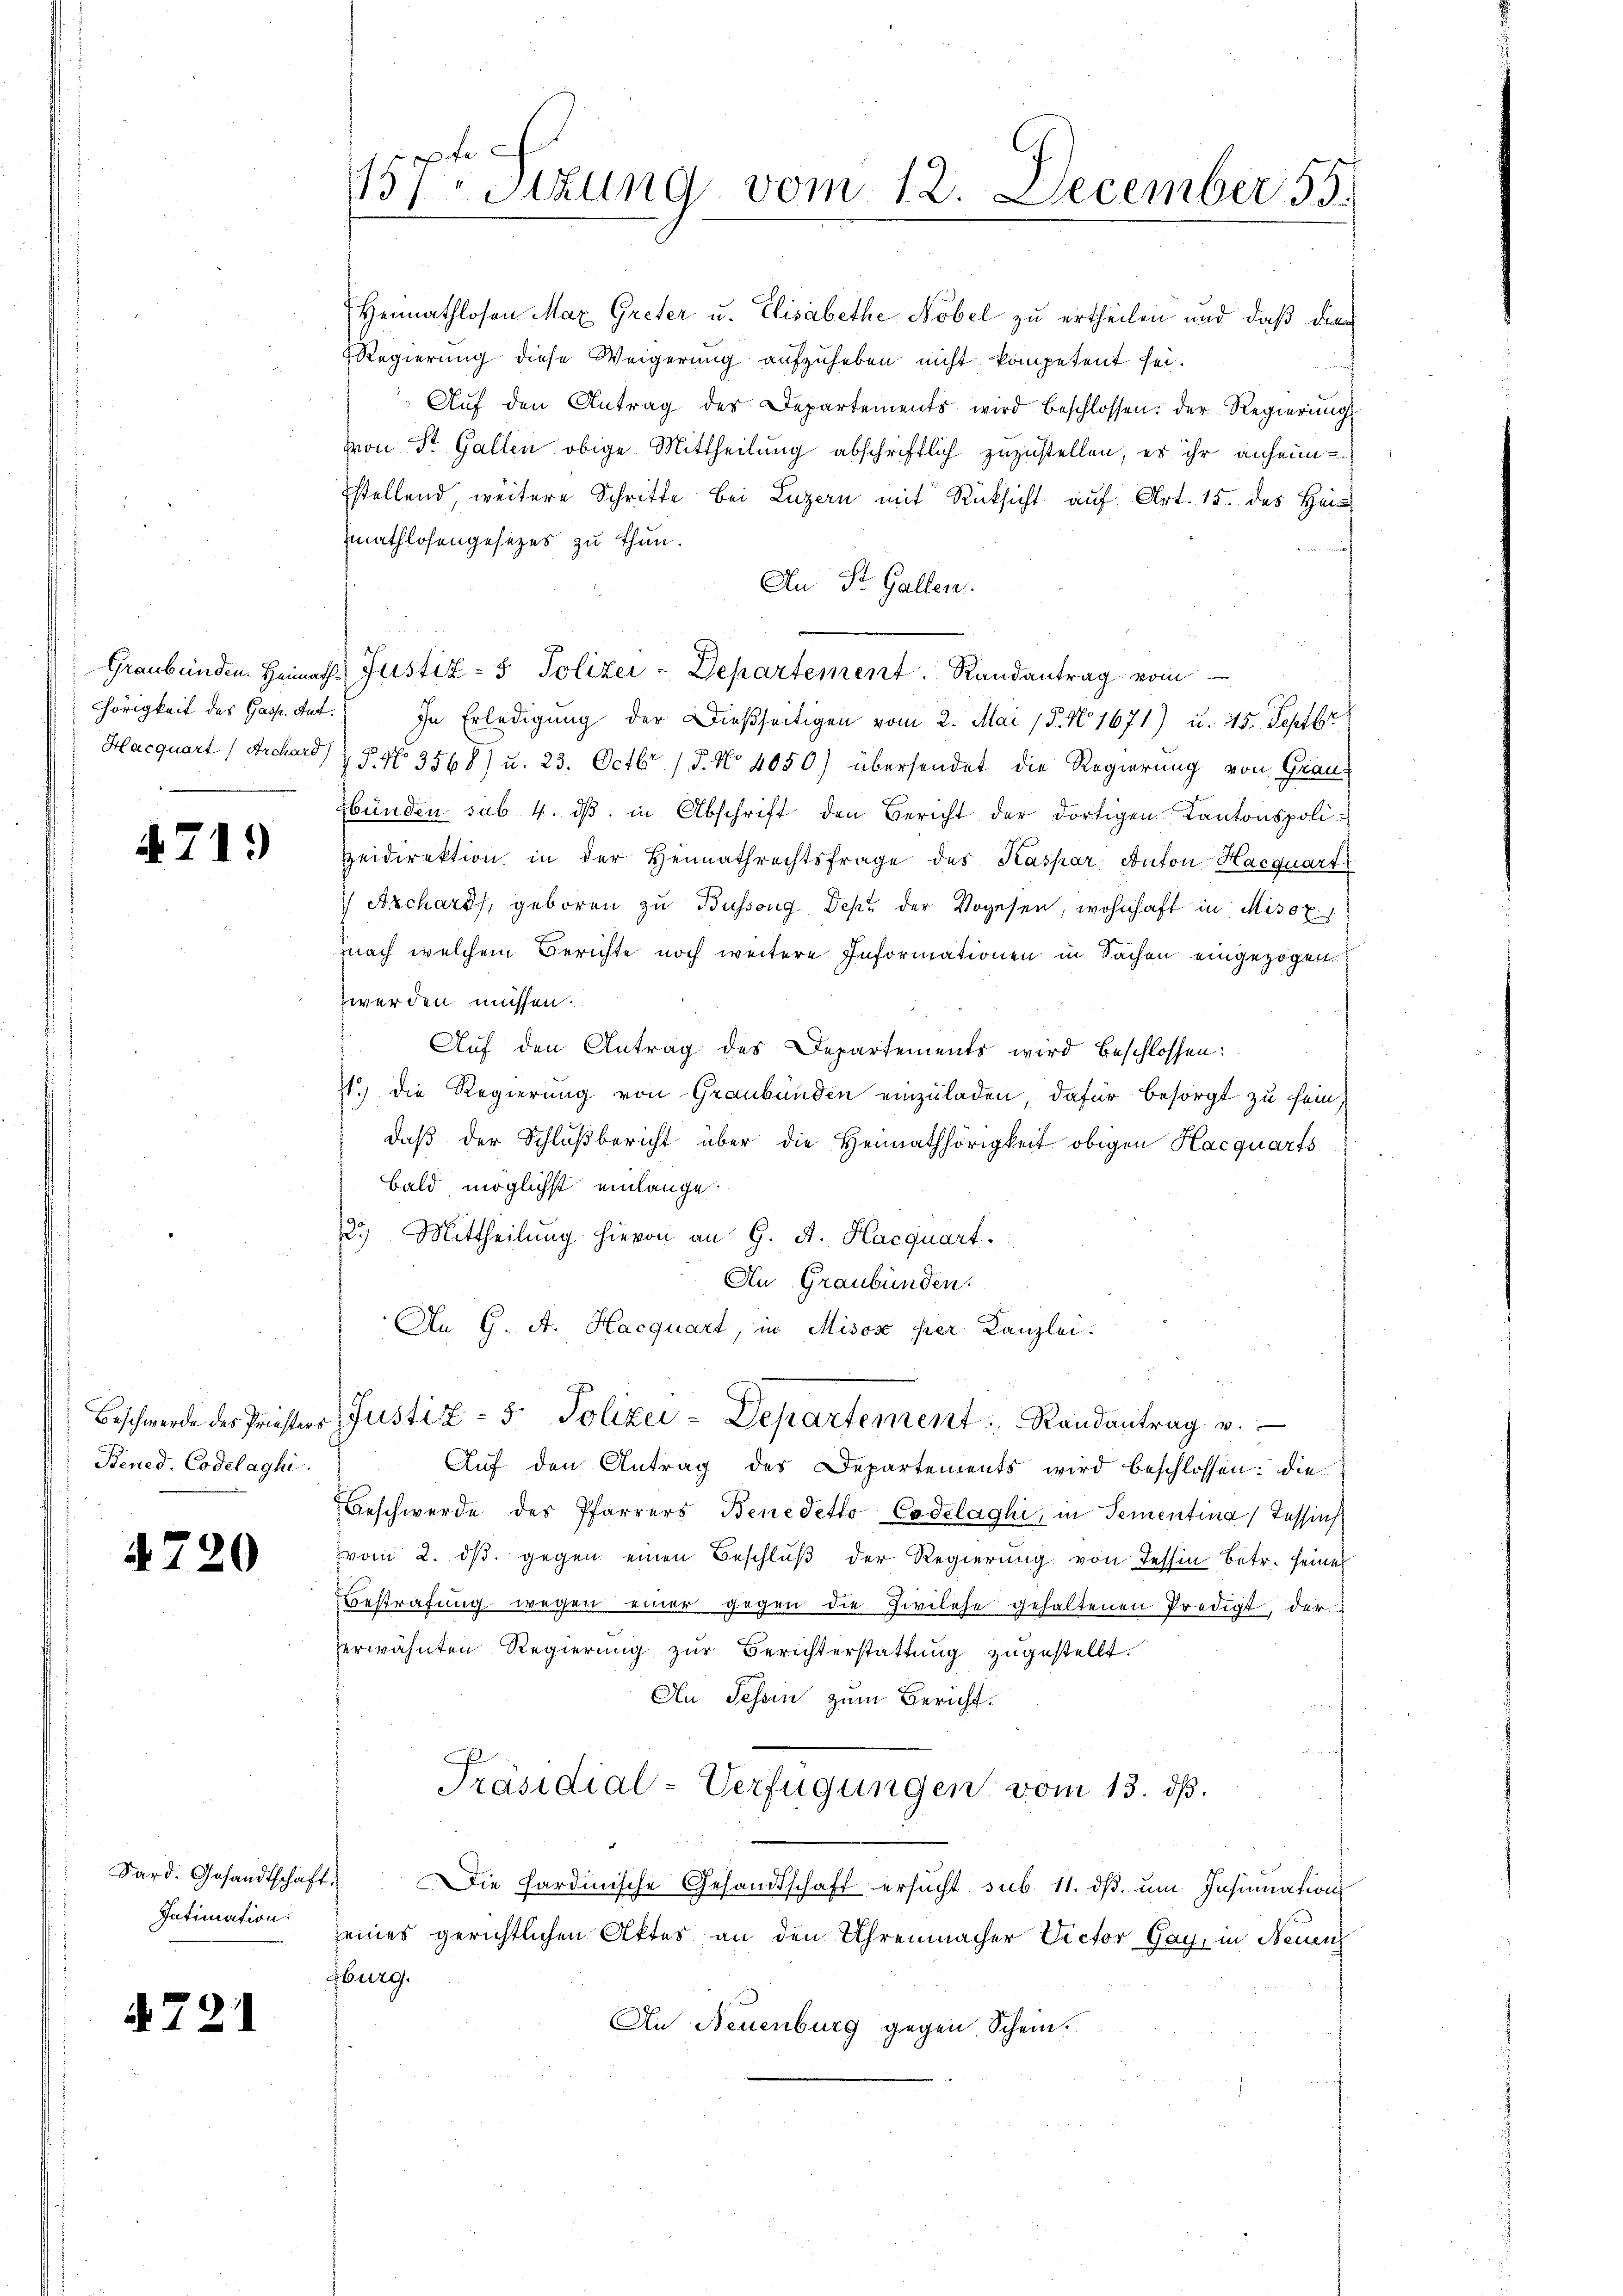
4719

Bened. Codelaghi

4720

Sard. Gesandtschaft
Intimation.

A 721

Heimathlosen Max Greter u. Elisabethe Nobel zu ertheilen und daß dies
Regierung diese Weigerung aufzuheben nicht kompetent sei.
Aŭf den Antrag der Departements wird beschlossen: der Regierŭng
von St. Gallen obige Mittheilung abschriftlich zuzustellen, es ihr anheim
stellend, weitere Schritte bei Luzern mit Rücksicht auf Art. 15. des Heis
mathlosengesezes zu thun.
An St. Gallen.
Graubünden Heimath Justiz- & Polizei-Departement. Randantrag vom
hörigkeit des Gast dat. In Erledigung der Dießseitigen vom 2. Mai 18. No. 1671) u. 45. Septbr
Hacquart (Archard & P. Nr. 3568) u. 23. Octbr. 15. No 4050) übersendet die Regierung von Graubünden sub. 4. dβ in Abschrift den Bericht der dortigen Kantonspolieidirektion in der Heimathrechtsfrage des Kaspar Anton Haequart
 Archarts, geboren zu Bussong Dek. der Vogesen, wohnhaft in Misox,
nach welchem Berichte noch weitere Informationen in Sachen eingezogen
werden müssen.
Auf den Antrag des Departements wird beschlossen:
11.) Die Regierung von Graubünden einzuladen, dafür besorgt zu sein,
daβ der Schlußbericht über die Heimathörigkeit obigen Hacquarts
bald möglichst einlange
25.) Mittheilung hievon an G. A. Haequart.
An Graubünden.
An G. A. Hacquart, in Misose per Kanzlei.
Beschwerde des Priester Justiz - 5. Polizei-Departement. Randantrag u.
Auf den Antrag des Departements wird beschlossen: die
Geschwerde des Pfarrers Benedetto Codelaghi, in Sementina, Tessins
vom 2. dβ gegen einen Beschlŭβ der Regierung von Tessin Betr. seiner
Bestrafung wegen einer gegen die Zivilehe gehaltenen Predigt, der
erwähnten Regierung zur Berichterstattung zugestellt.
An Schein zum Bericht.
Präsidial-Verfügungen vom 13. dß.
Die hardinische Gesandtschaft ersucht sub. 11. ds. um Insinuation
seines gerichtlichen Aktes an den Uhrenmacher Victor Gay, in Neuenz
sburg.
An Neuenburg gegen Schein.

157t Sitzung vom 12. December 55.